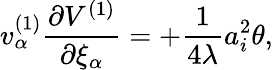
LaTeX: v_{\alpha}^{(1)}\frac{\partial V^{(1)}}{\partial\xi_{\alpha}}=+\frac{1}{4\lambda}a_{i}^{2}\theta,